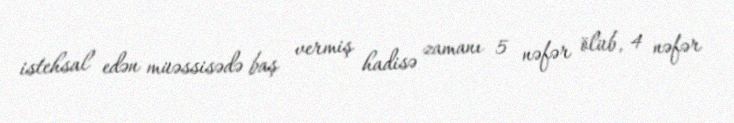
istehsal edən müəssisədə baş vermiş hadisə zamanı 5 nəfər ölüb, 4 nəfər